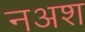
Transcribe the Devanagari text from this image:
नअश